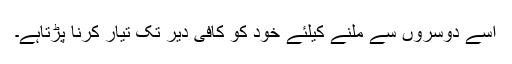
اسے دوسروں سے ملنے کیلئے خود کو کافی دیر تک تیار کرنا پڑتاہے۔